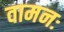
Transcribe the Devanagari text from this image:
वामनः